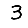
Digit: 3